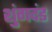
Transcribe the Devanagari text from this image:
शुंगदंड